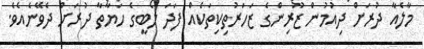
މާލެއާ ދުރަށް ދިއުމުން ޒޫރިންގެ ޒަހަރުތިކިތަކެއް ފަދަ ލޯބީގެ ހަޔާތާ ދުރަށް ދެވޭނެއެވެ.